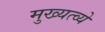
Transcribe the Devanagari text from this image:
मुख्यत्व्ये